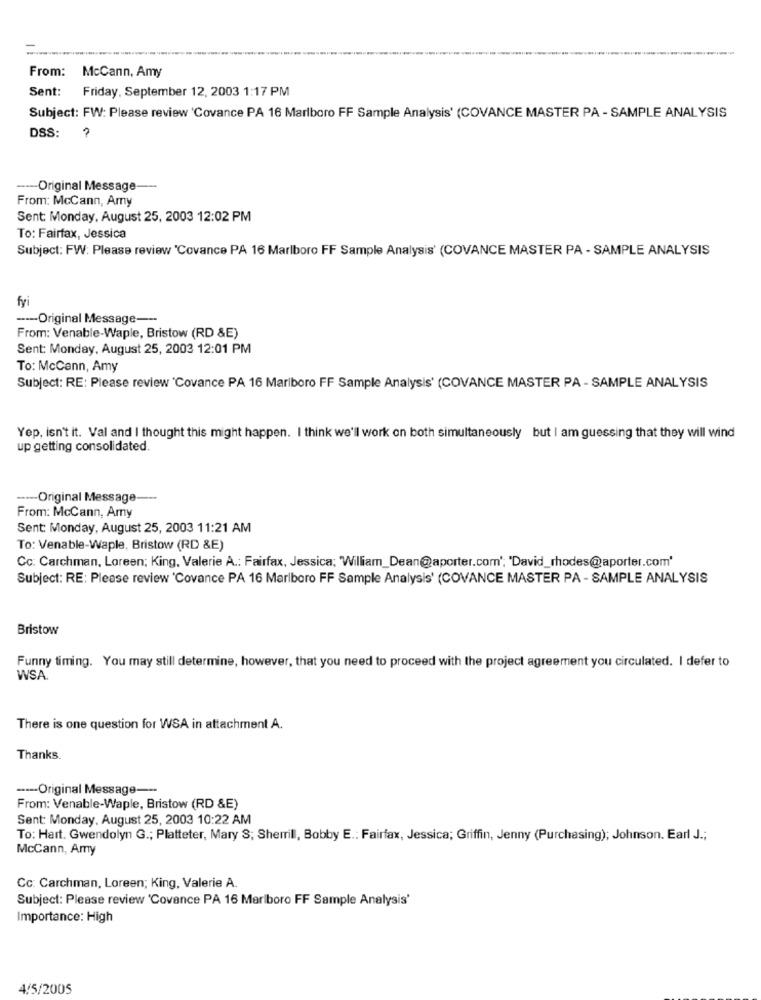
From:
McCann, Amy
Sent:
Friday, September 12, 2003 1:17 PM
Subject: FW: Please review 'Covance PA 16 Marlboro FF Sample Analysis' (COVANCE MASTER PA - SAMPLE ANALYSIS
DSS:
----- Original Message
From: McCann, Amy
Sent: Monday, August 25, 2003 12:02 PM
To: Fairfax, Jessica
Subject: FW: Please review 'Covance PA 16 Marlboro FF Sample Analysis' (COVANCE MASTER PA - SAMPLE ANALYSIS
fyi
--- Original Message ---
From: Venable-Waple, Bristow (RD &E)
Sent: Monday, August 25, 2003 12:01 PM
To: McCann, Amy
Subject: RE: Please review 'Covance PA 16 Marlboro FF Sample Analysis' (COVANCE MASTER PA - SAMPLE ANALYSIS
Yep, isn't it. Val and I thought this might happen. I think we'll work on both simultaneously but I am guessing that they will wind
up getting consolidated.
---- Original Message-
From: McCann, Amy
Sent: Monday, August 25, 2003 11:21 AM
To: Venable-Waple, Bristow (RD &E)
Cc: Carchman, Loreen; King, Valerie A .: Fairfax, Jessica; William_Dean@aporter.com'; 'David_rhodes@aporter.com'
Subject: RE: Please review 'Covance PA 16 Marlboro FF Sample Analysis' (COVANCE MASTER PA - SAMPLE ANALYSIS
Bristow
Funny timing. You may still determine, however, that you need to proceed with the project agreement you circulated. I defer to
WSA.
There is one question for WSA in attachment A.
Thanks.
-- Original Message ---
From: Venable-Waple, Bristow (RD &E)
Sent: Monday, August 25, 2003 10:22 AM
To: Hart. Gwendolyn G .; Platteter, Mary S; Sherrill, Bobby E .: Fairfax, Jessica; Griffin, Jenny (Purchasing); Johnson. Earl J .;
McCann, Amy
Cc: Carchman, Loreen; King, Valerie A.
Subject: Please review 'Covance PA 16 Marlboro FF Sample Analysis'
Importance: High
4/5/2005